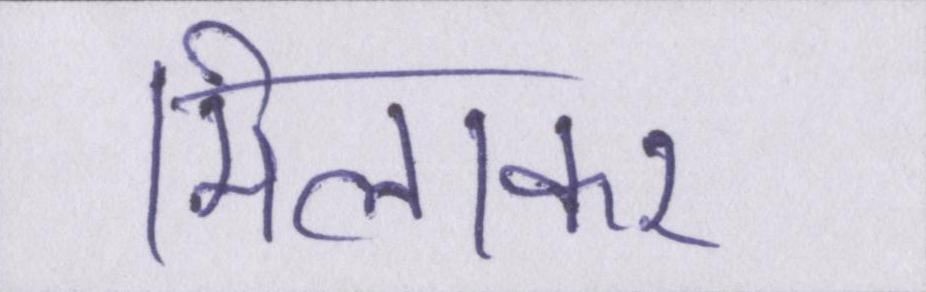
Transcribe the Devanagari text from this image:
मिलाकर